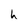
Character: h